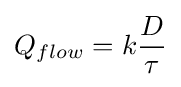
Q_{flow}=k{\frac {D}{\tau }}